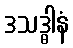
ဒသဒ္ဓါနံ